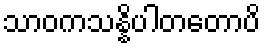
သာဝကသန္နိပါတတောပိ